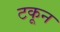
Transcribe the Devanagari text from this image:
टकून